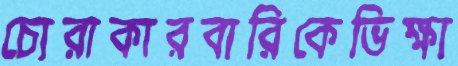
চোরাকারবারিকেভিক্ষা